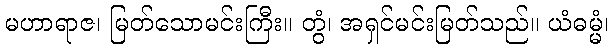
မဟာရာဇ၊ မြတ်သောမင်းကြီး။ တွံ၊ အရှင်မင်းမြတ်သည်။ ယံဓမ္မံ၊